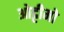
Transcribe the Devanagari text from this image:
ओट्टीमो